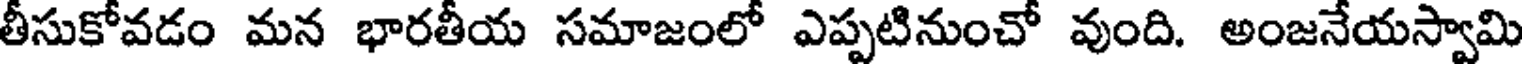
తీసుకోవడం మన భారతీయ సమాజంలో ఎప్పటినుంచో వుంది. అంజనేయస్వామి